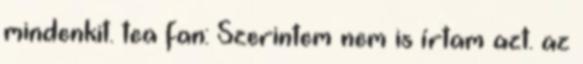
mindenkit. tea fan: Szerintem nem is írtam azt. az